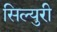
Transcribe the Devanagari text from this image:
सिल्युरी